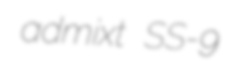
admixt SS-9